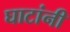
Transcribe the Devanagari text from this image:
घाटांनी